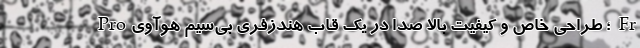
Pro؛ طراحی خاص و کیفیت بالا صدا در یک قاب هندزفری بی‌سیم هوآوی Fr